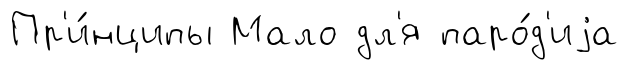
Пр'и́нципы Мало дл'я паро́д'иjа